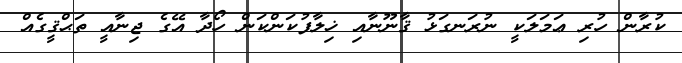
ކުރާން ހުރި ޢަމަލަކީ ނުރަނގަޅު ޤާނޫނާއި ޚިލާފުކަންކަން ހޯދާ އޭގެ ޖިނާއީ ތަޙްޤީގެއް